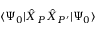
\langle \Psi _ { 0 } | \hat { X } _ { P } \hat { X } _ { P ^ { \prime } } | \Psi _ { 0 } \rangle